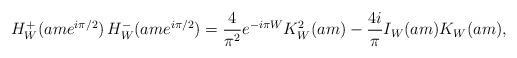
LaTeX: \begin{align*}H^{+}_W(ame^{i\pi/2}) \, H^{-}_W(ame^{i\pi/2}) = \frac{4}{\pi^2} e^{-i\pi W} K^2_W (am) - \frac{4i}{\pi} I_W(am) K_W(am),\end{align*}